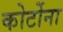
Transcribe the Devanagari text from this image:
कोर्टोना